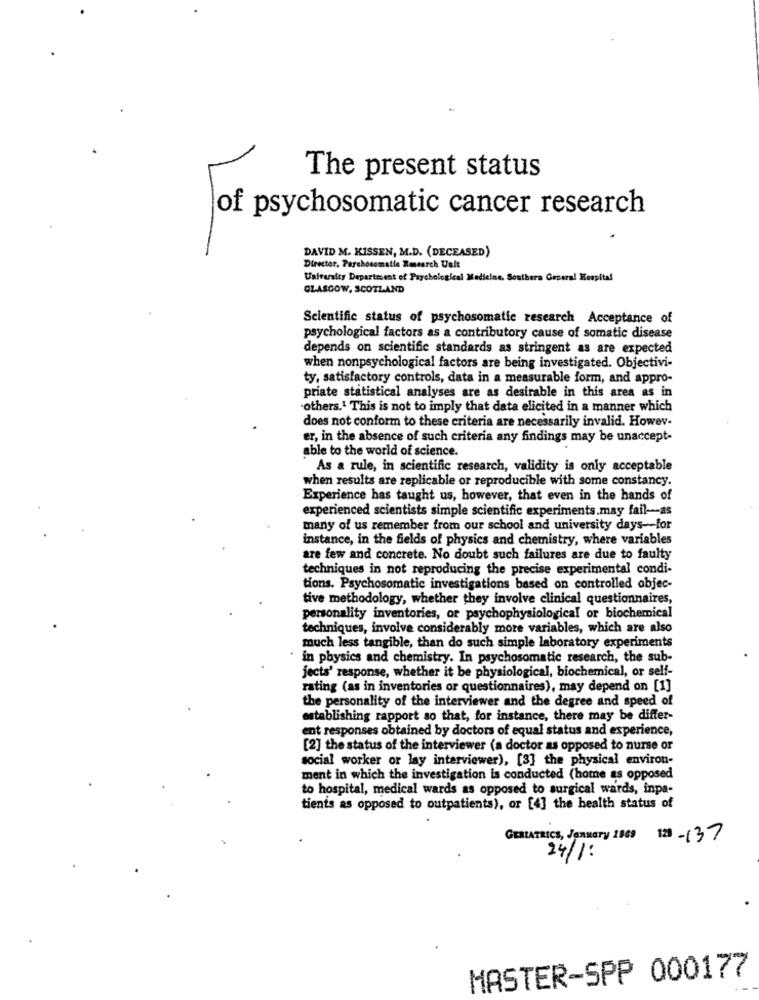
The present status
of psychosomatic cancer research
DAVID M. KISSEN, M.D. (DECEASED)
Director, Parchosomatie Research Ualt
University Department of Psychological Medicine. Southera Grsera! Kespital
GLASGOW, SCOTLAND
Scientific status of psychosomatic research Acceptance of
psychological factors as a contributory cause of somatic disease
depends on scientific standards as stringent as are expected
when nonpsychological factors are being investigated. Objectivi-
ty, satisfactory controls, data in a measurable form, and appro-
priate statistical analyses are as desirable in this area as in
-others.1 This is not to imply that data elicited in a manner which
does not conform to these criteria are necessarily invalid. Howev-
er, in the absence of such criteria any findings may be unaccept-
able to the world of science.
As a rule, in scientific research, validity is only acceptable
when results are replicable or reproducible with some constancy.
Experience has taught us, however, that even in the hands of
experienced scientists simple scientific experiments.may fail-as
many of us remember from our school and university days-for
instance, in the fields of physics and chemistry, where variables
are few and concrete. No doubt such failures are due to faulty
techniques in not reproducing the precise experimental condi-
tions. Psychosomatic investigations based on controlled objec-
tive methodology, whether they involve clinical questionnaires,
personality inventories, or psychophysiological or biochemical
techniques, involve considerably more variables, which are also
much less tangible, than do such simple laboratory experiments
in physics and chemistry. In psychosomatic research, the sub-
jects' response, whether it be physiological, biochemical, or self-
rating (as in inventories or questionnaires), may depend on [1]
the personality of the interviewer and the degree and speed of
establishing rapport so that, for instance, there may be differ-
ent responses obtained by doctors of equal status and experience,
[2] the status of the interviewer (a doctor as opposed to nurse or
social worker or lay interviewer), [3] the physical environ-
ment in which the investigation is conducted (home as opposed
to hospital, medical wards as opposed to surgical wards, inpa-
tients as opposed to outpatients), or [4] the health status of
GERIATRICS, January 1809 120 -137
24/1:
MASTER-SPP 000177